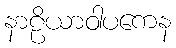
နာဠိယာဝါပကေန